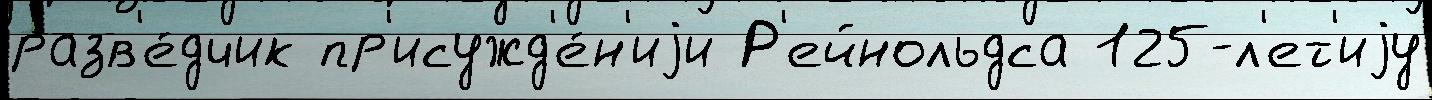
разв'е́дчик пр'исужд'е́н'иjи Р'ейнольдса 125-л'ет'иjу